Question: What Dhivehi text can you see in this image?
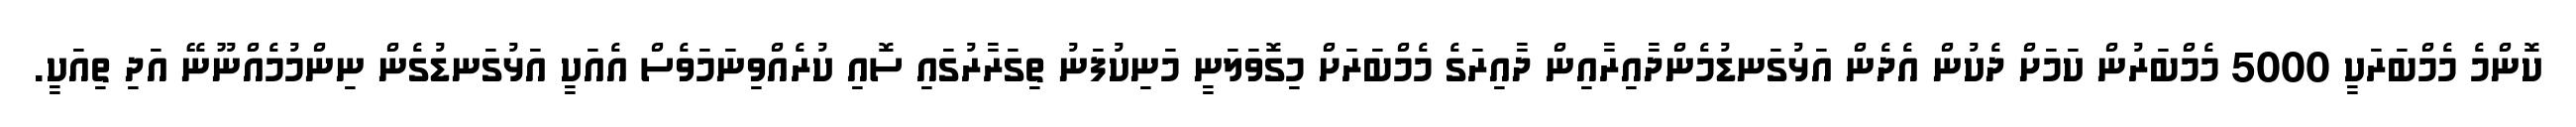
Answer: ކޮންމެ މެމްބަރަކީ 5000 މެމްބަރުން ކަމަށް ދެކުން އެދެން އަޅުގަނޑުމެންދާއިރާއިން ދާއިރަގެ މެމްބަރަށް މިގޮވަލަނީ މަނިކުފަނު ތިގަރާރުގައި ސޮއި ކުރެއްވިނަމަވެސް އެއަކީ އަޅުގަނޑުގެން ނިންމުމެއްނޫނޭ އަދި ތިއަކީ.